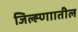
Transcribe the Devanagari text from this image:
जिल्ह्णाातील